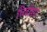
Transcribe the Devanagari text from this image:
विदीशा